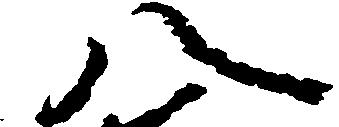
八